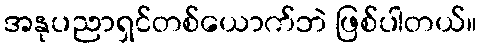
အနုပညာရှင်တစ်ယောက်ဘဲ ဖြစ်ပါတယ်။